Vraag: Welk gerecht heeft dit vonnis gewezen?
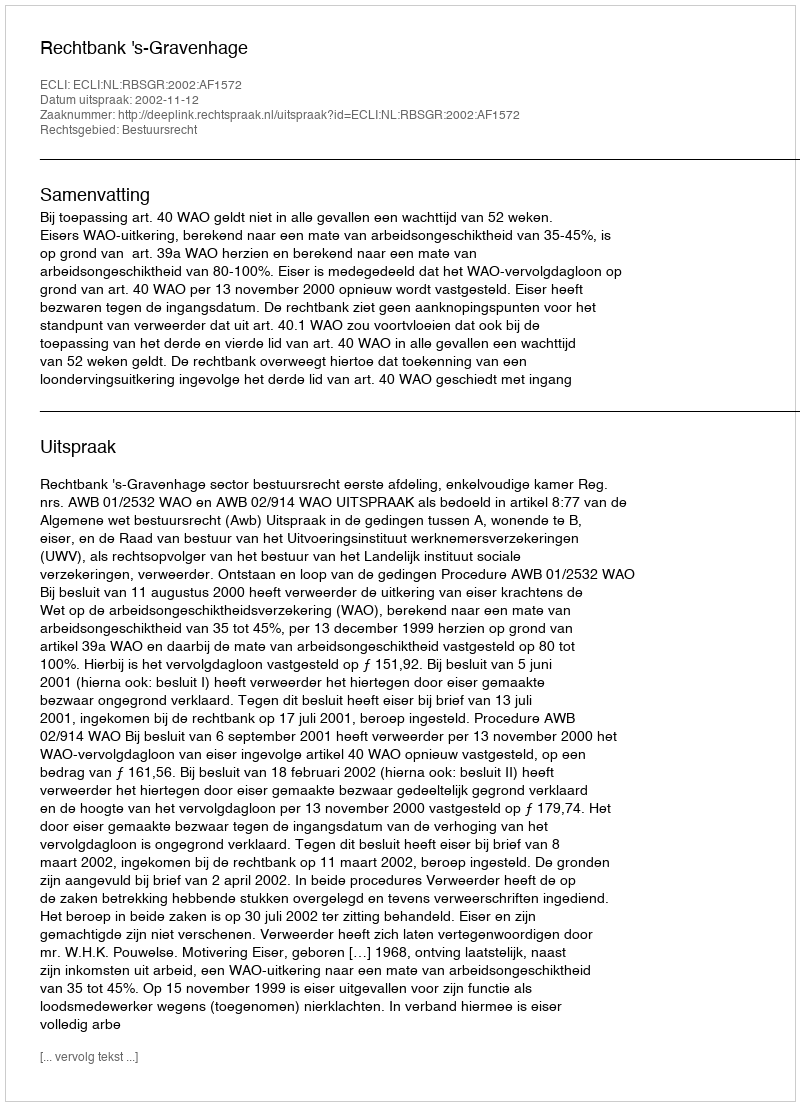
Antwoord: Rechtbank 's-Gravenhage